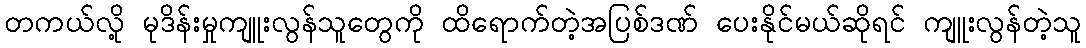
တကယ်လို့ မုဒိန်းမှုကျူးလွန်သူတွေကို ထိရောက်တဲ့အပြစ်ဒဏ် ပေးနိုင်မယ်ဆိုရင် ကျူးလွန်တဲ့သူ